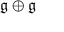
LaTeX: { \mathfrak { g } } \oplus { \mathfrak { g } }